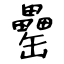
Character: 罍